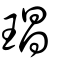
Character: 琩